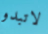
لاتبدو